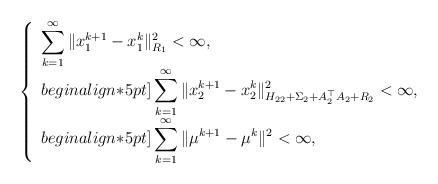
LaTeX: \begin{align*}\left\{\begin{array}{l}\displaystyle\sum_{k=1}^{\infty}\|x_1^{k+1} - x_1^k\|^2_{R_1} < \infty, \\begin{align*}5pt]\displaystyle \sum_{k=1}^{\infty}\|x_2^{k+1} - x_2^k\|^2_{H_{22}+\Sigma_2+ A_2^\top A_2+R_2} < \infty, \\begin{align*}5pt]\displaystyle\sum_{k=1}^{\infty}\|\mu^{k+1} - \mu^k\|^2< \infty,\end{array}\right.\end{align*}